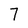
Character: 7